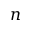
n